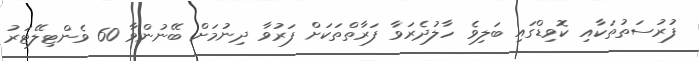
ފުރުސަތުތަކާއި ކޮވިޑްގައި ބަލިވެ ހާލުދެރަވާ ފަރާތްތަކަށް ފަރުވާ ދިނުމަށް ބޭނުންވާ 60 ވެންޓިލޭޓަރު